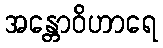
အန္တောဝိဟာရေ